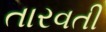
તારવતી